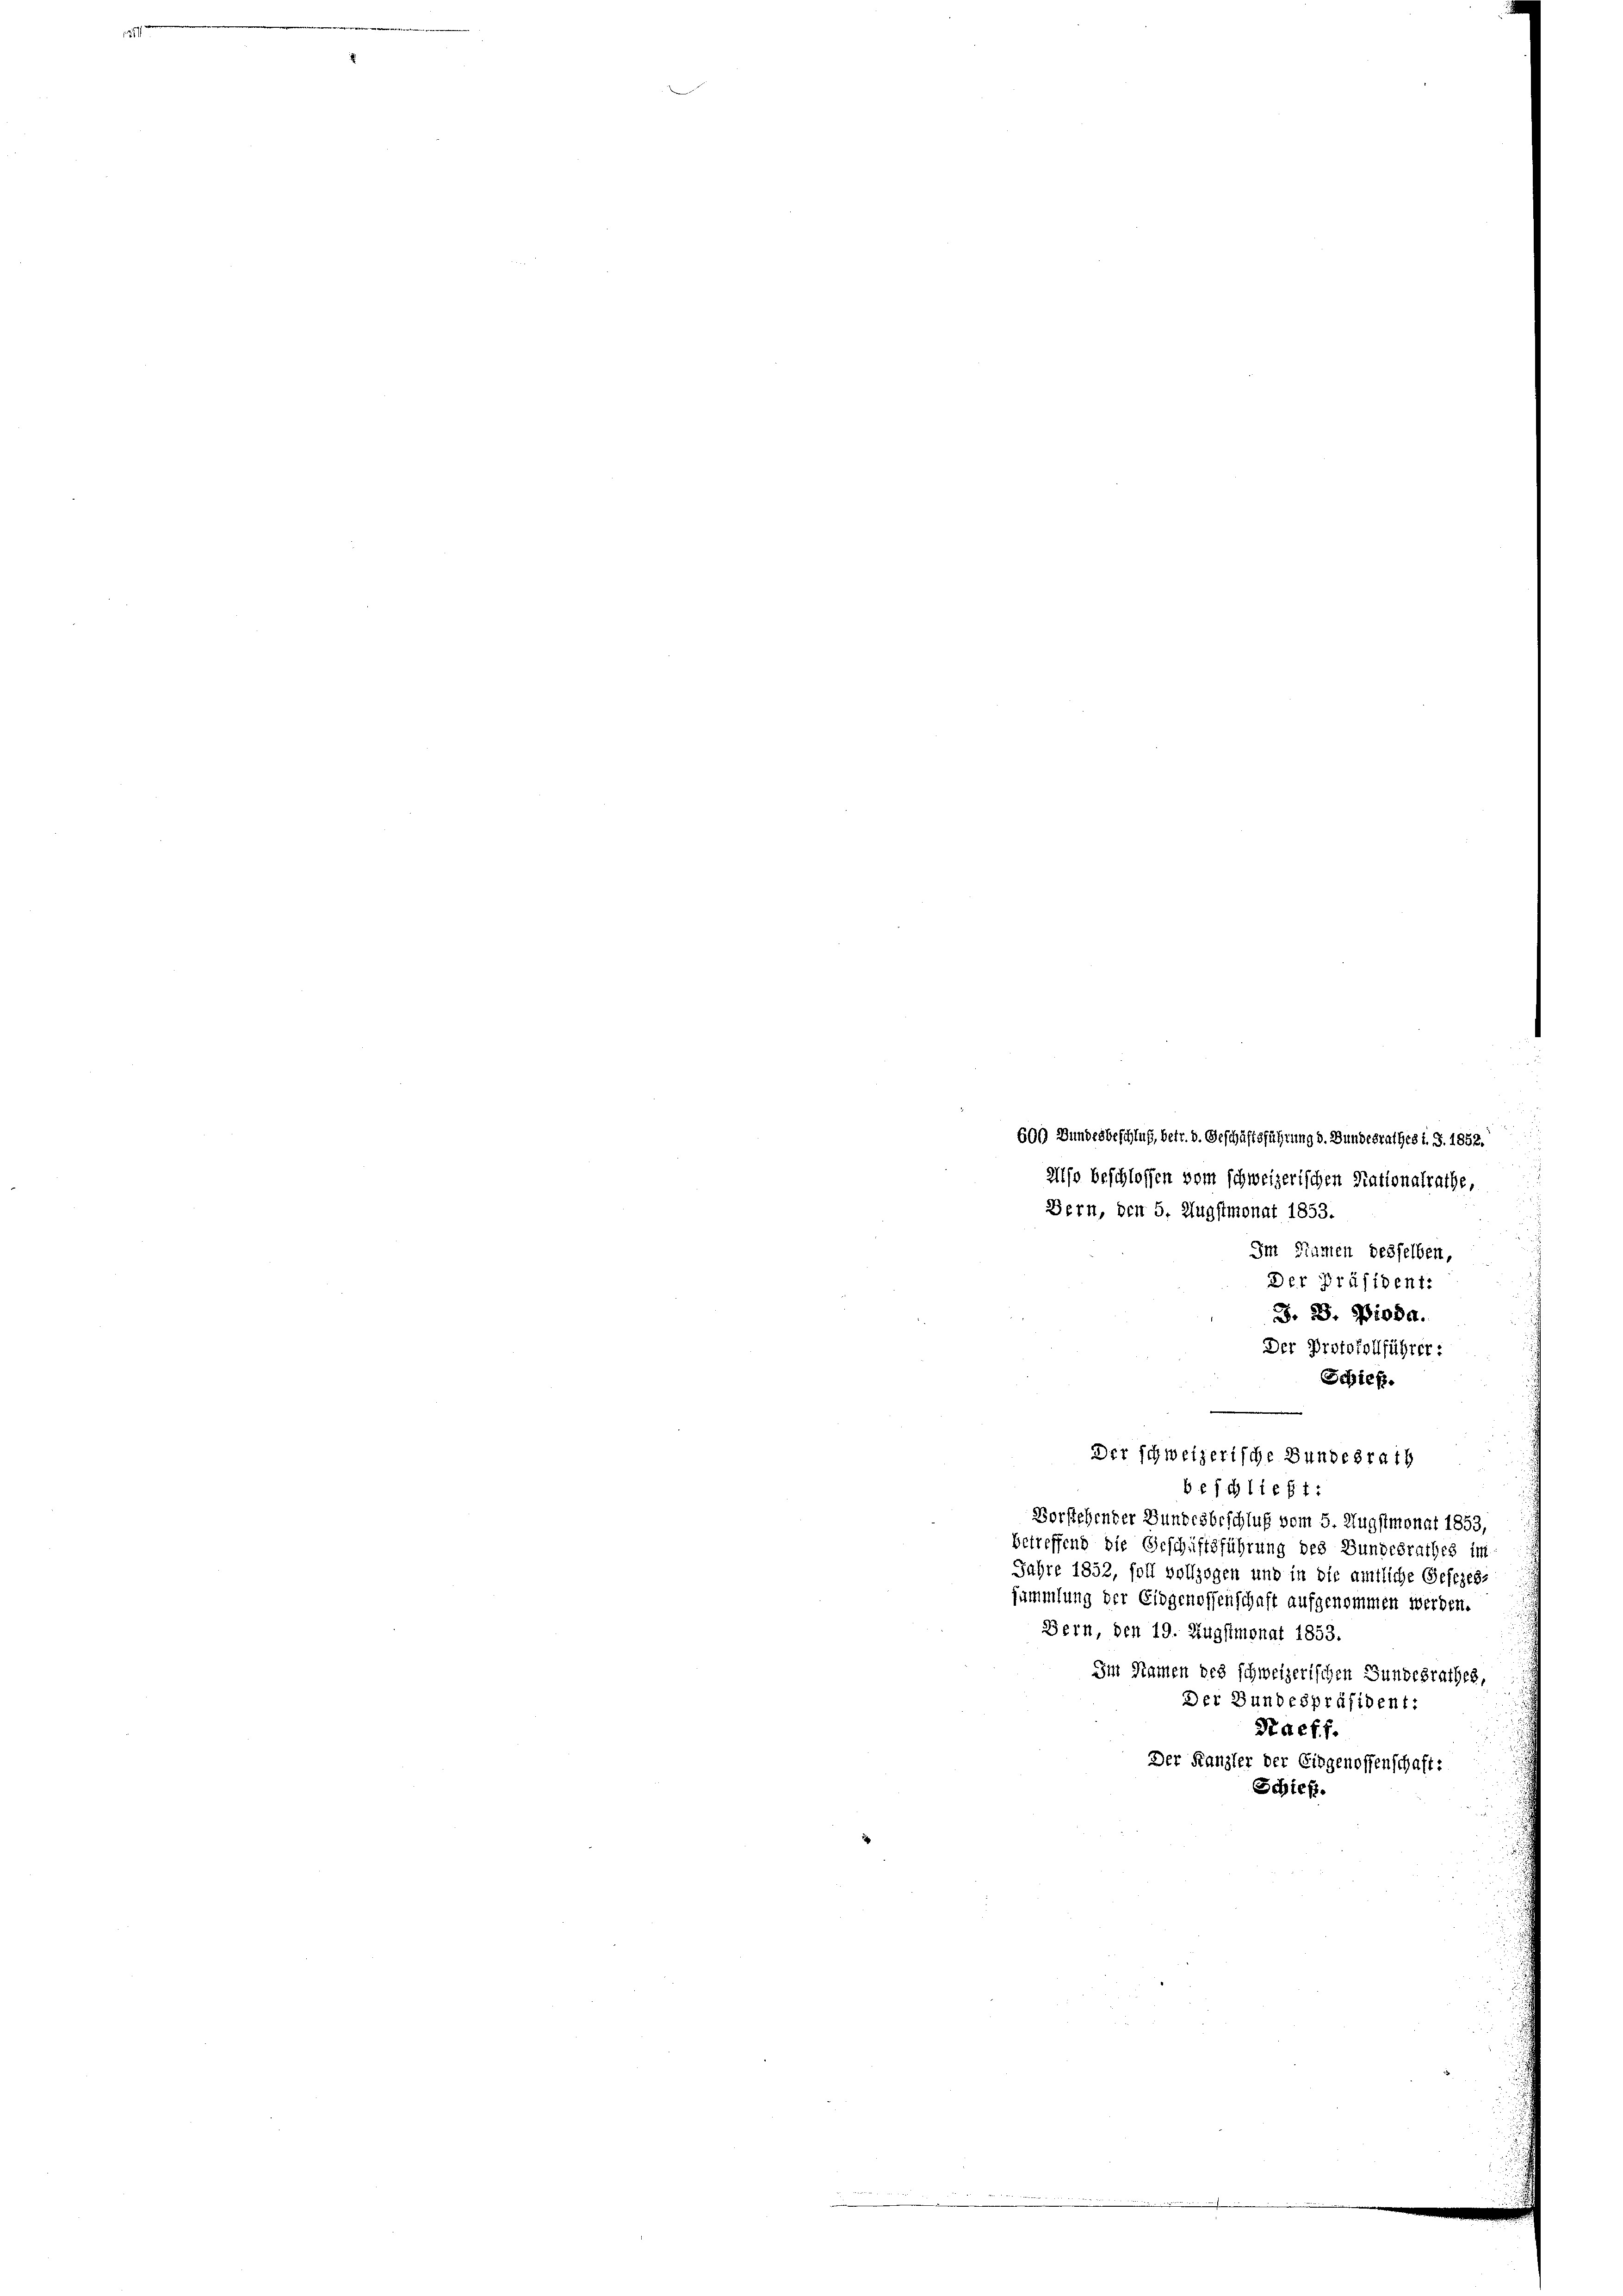
600 Bundesbeschluß, betr. d. Geschäftsführung d. Bundesrathes i. S. 1852.
Also beschlossen vom schweizerischen Nationalrathe,
Bern, den 5. Augstmonat 1853.
Im Namen desselben,
Der Präsident:
J. B. Pioda.
Der Protokollführer:
Schieß.
beschließt:
Verstehender Bundesbeschluß vom 5. Augstmonat 1853,
betreffend die Geschäftsführung des Bundesrathes im
Jahre 1852, soll vollzogen und in die amtliche Gesezes-
summlung der Eidgenossenschaft aufgenommen werden.
Bern, den 19. Augstmonat 1853.
Im Namen des schweizerischen Bundesrathes,
Der Bundespräsident:
S deff.
Der Kanzler der Eidgenossenschaft:
Schief.

Der schweizerische Bundesrath